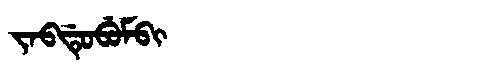
Manchu: ᠵᠠᠪᡩᡠᠪᡠᠮᠪᡳ
Romanization: JABDUBUMBI